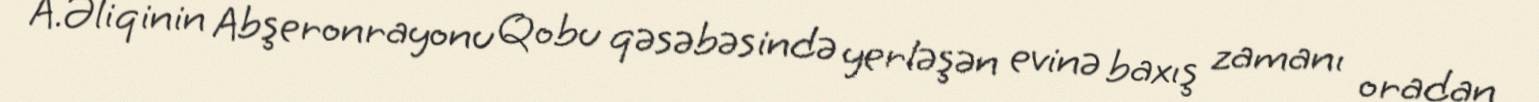
A.Əliqinin Abşeronrayonu Qobu qəsəbəsində yerləşən evinə baxış zamanı oradan